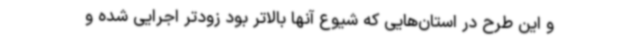
و این طرح در استان‌هایی که شیوع آنها بالاتر بود زودتر اجرایی شده و